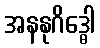
အနနုဂိဒ္ဓေါ